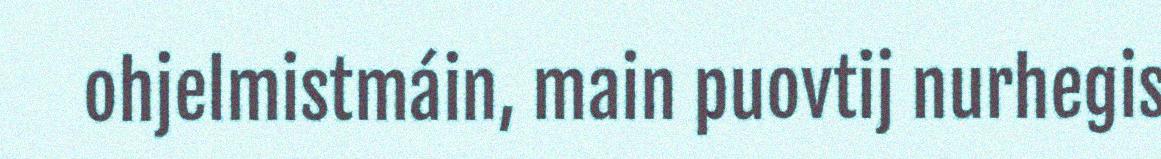
ohjelmistmáin, main puovtij nurhegis